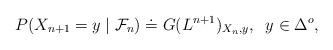
LaTeX: \begin{align*}P(X_{n+1} = y \mid \mathcal{F}_n) \doteq G(L^{n+1})_{X_n,y},\; \; y \in \Delta^o,\end{align*}